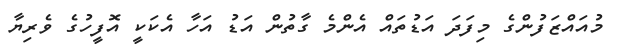
މުއައްޒަފުންގެ މިފަދަ އަޑުތައް އެންމެ ގާތުން އަޑު އަހާ އެކަކީ އޮފީހުގެ ވެރިޔާ